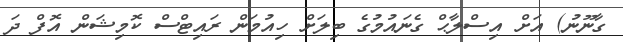
ގާނޫނު) އަށް އިސްލާޙް ގެނައުމުގެ ބިލަށް ހިއުމަން ރައިޓްސް ކޮމިޝަން އޮފް ދަ